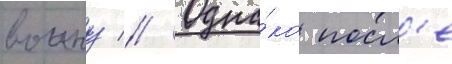
воину // Одна́ко посл'е